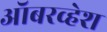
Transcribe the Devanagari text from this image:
ऑबरव्हेश